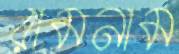
রামনাম